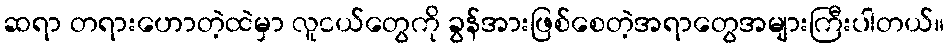
ဆရာ တရားဟောတဲ့ထဲမှာ လူငယ်တွေကို ခွန်အားဖြစ်စေတဲ့အရာတွေအများကြီးပါတယ်။